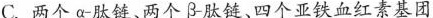
C.两个α肽链、两个β肽链、四个亚铁血红素基团